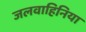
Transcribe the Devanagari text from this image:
जलवाहिनिया